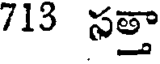
713 సత్తా